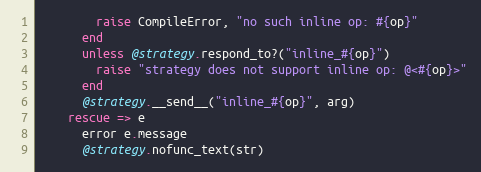
Language: Ruby
        raise CompileError, "no such inline op: #{op}"
      end
      unless @strategy.respond_to?("inline_#{op}")
        raise "strategy does not support inline op: @<#{op}>"
      end
      @strategy.__send__("inline_#{op}", arg)
    rescue => e
      error e.message
      @strategy.nofunc_text(str)